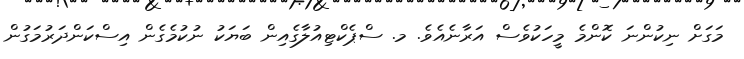
މަގަށް ނިކުންނަ ކޮންމެ މީހަކުވެސް އަރާނެއެވެ. މ. ސްޕެކްޓިއުލާގެއިން ބަޔަކު ނުކުމެގެން އިސްކަންދަރުމަގުން